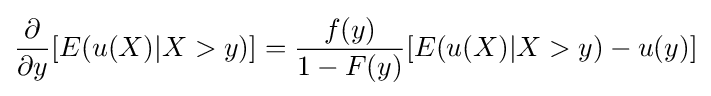
{\frac {\partial }{\partial y}}[E(u(X)|X>y)]={\frac {f(y)}{1-F(y)}}[E(u(X)|X>y)-u(y)]